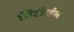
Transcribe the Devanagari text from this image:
सिटीजंस